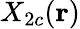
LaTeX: X_{2c}(\mathbf{r})